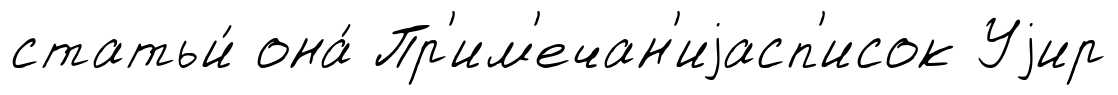
статьи́ она́ Пр'им'ечан'иjасп'исок Уjир